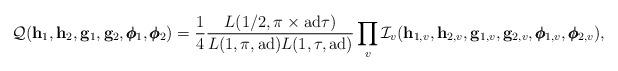
LaTeX: \begin{align*} \mathcal Q(\mathbf h_1, \mathbf h_2,\mathbf g_1, \mathbf g_2,\pmb{\phi}_1, \pmb{\phi}_2) = \frac{1}{4}\frac{L(1/2, \pi \times \mathrm{ad}\tau)}{L(1,\pi,\mathrm{ad})L(1,\tau,\mathrm{ad})} \prod_v \mathcal I_v(\mathbf h_{1,v},\mathbf h_{2,v}, \mathbf g_{1,v}, \mathbf g_{2,v},\pmb{\phi}_{1,v}, \pmb{\phi}_{2,v}),\end{align*}